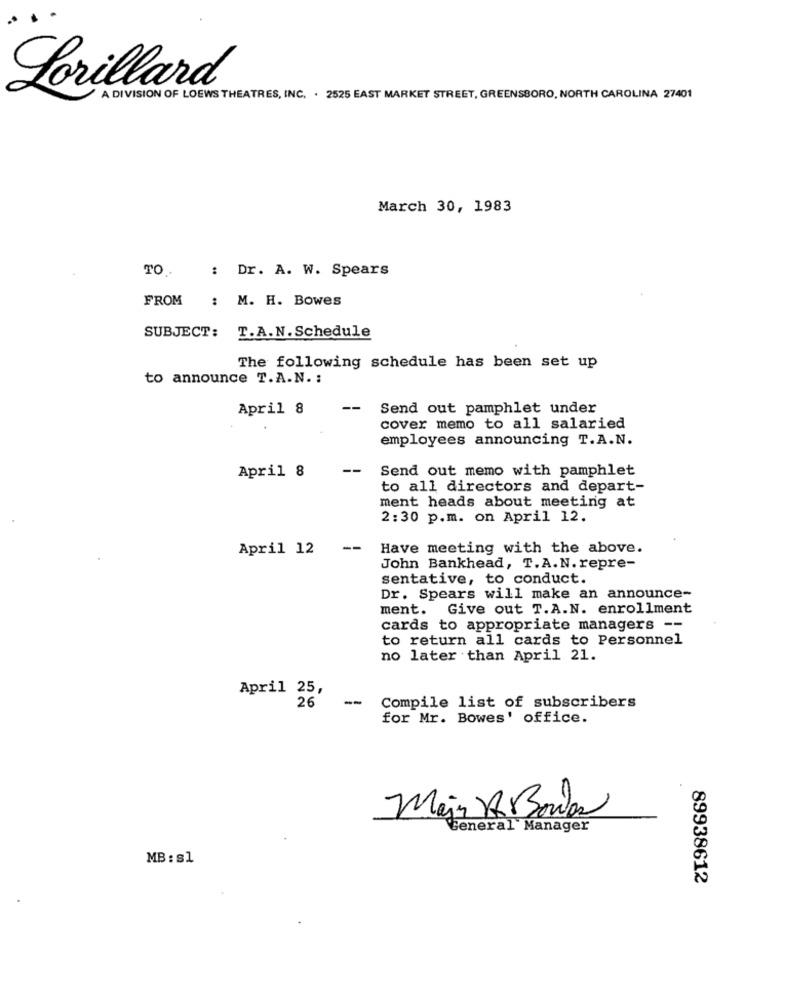
Lorillard
A DIVISION OF LOEWS THEATRES, INC, . 2525 EAST MARKET STREET, GREENSBORO, NORTH CAROLINA 27401
March 30, 1983
: Dr. A. W. Spears
TO ..
FROM
: M. H. Bowes
SUBJECT: T.A.N.Schedule
The following schedule has been set up
to announce T.A.N. :
April 8
--
Send out pamphlet under
cover memo to all salaried
employees announcing T.A.N.
--
Send out memo with pamphlet
April 8
to all directors and depart-
ment heads about meeting at
2:30 p.m. on April 12.
April 12
--
Have meeting with the above.
John Bankhead, T. A. N. repre-
sentative, to conduct.
Dr. Spears will make an announce-
ment. Give out T.A.N. enrollment
cards to appropriate managers --
to return all cards to Personnel
no later than April 21.
April 25,
26
-
Compile list of subscribers
for Mr. Bowes' office.
Majs A.Bowas
General Manager
MB : s1
89938612